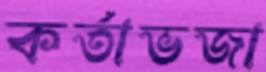
কর্তাভজা